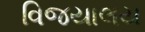
વિજયાલય